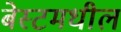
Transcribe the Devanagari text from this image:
बेस्टमधील